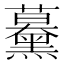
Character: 𧅌